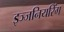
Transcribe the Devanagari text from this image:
इञ्जनियरिंग